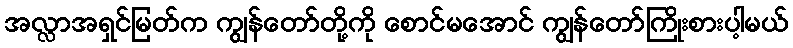
အလ္လာအရှင်မြတ်က ကျွန်တော်တို့ကို စောင်မအောင် ကျွန်တော်ကြိုးစားပါ့မယ်